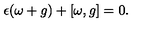
\epsilon ( \omega + g ) + [ \omega , g ] = 0 .